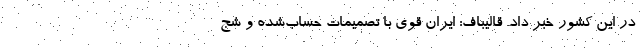
در این کشور خبر داد. قالیباف: ایران‌ قوی با تصمیمات حساب‌شده و شج